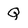
Character: Q